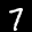
Label: 7